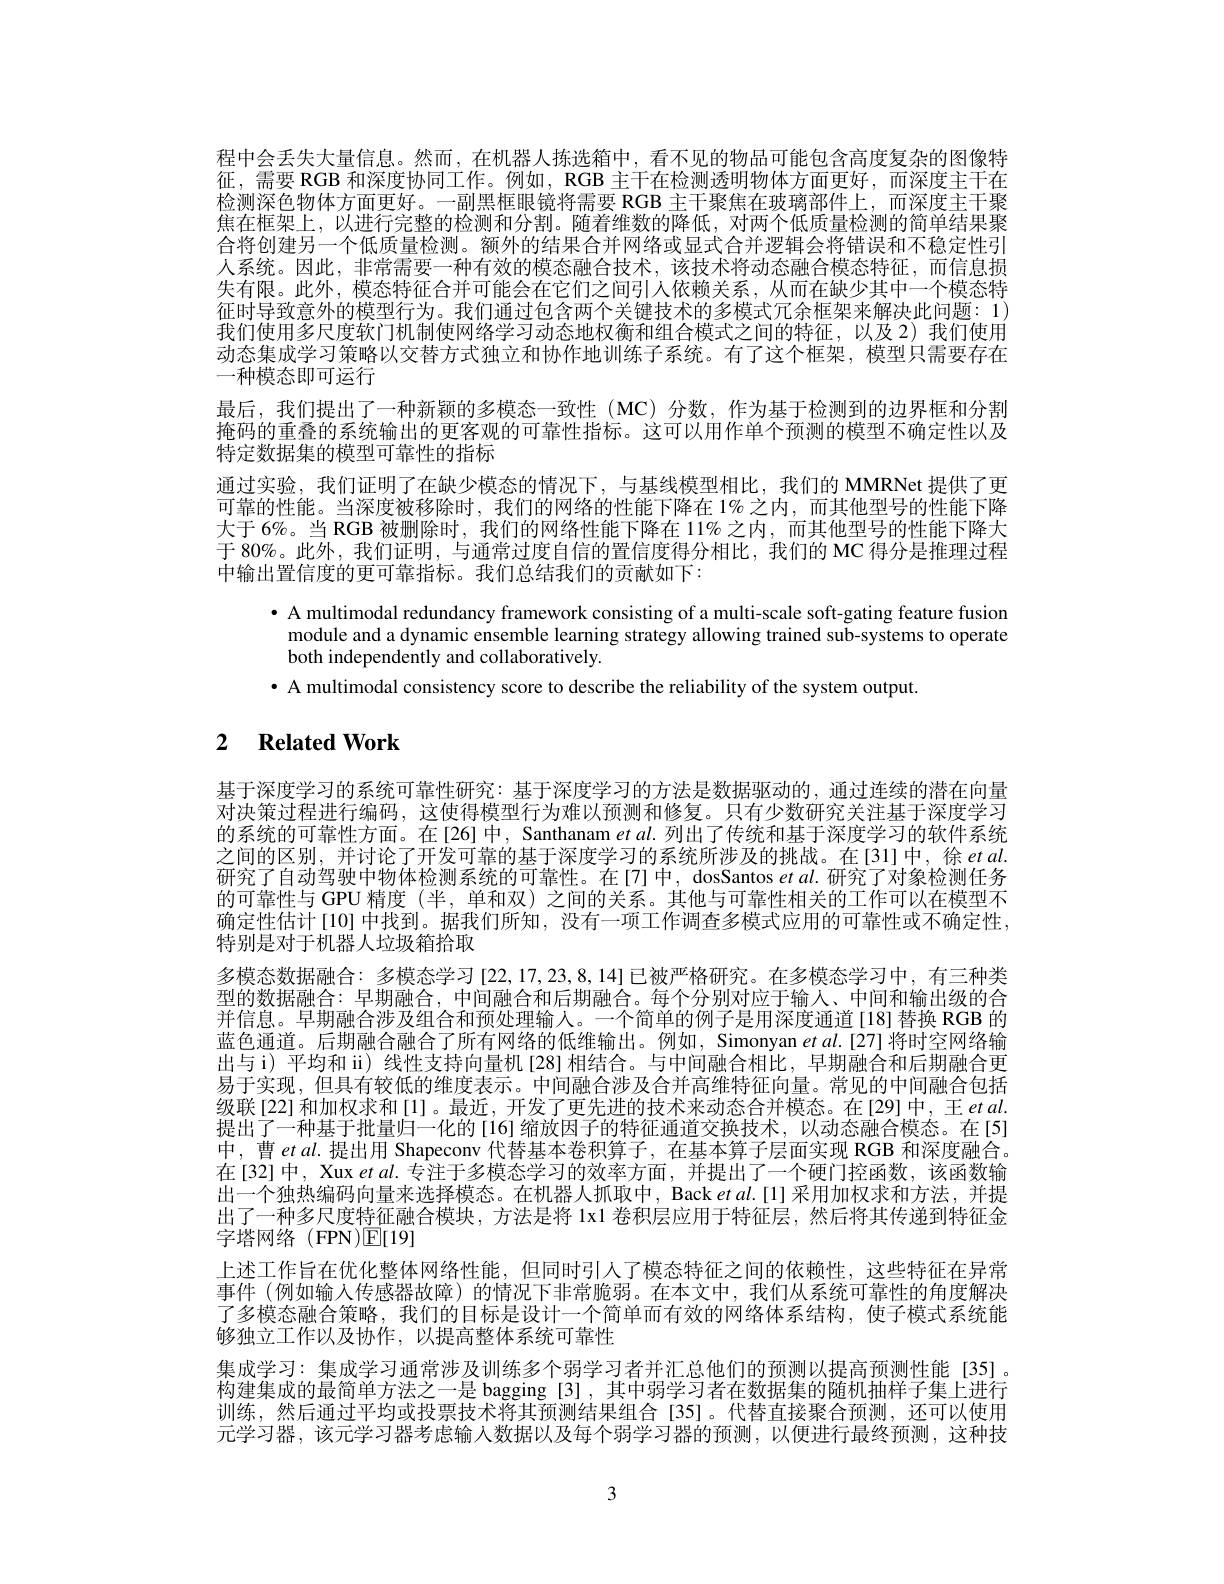
程中会丢失大量信息。然而，在机器人拣选箱中，看不见的物品可能包含高度复杂的图像特征，需要 RGB 和深度协同工作。例如，RGB 主干在检测透明物体方面更好，而深度主干在检测深色物体方面更好。一副黑框眼镜将需要 RGB 主干聚焦在玻璃部件上，而深度主干聚焦在框架上，以进行完整的检测和分割。随着维数的降低，对两个低质量检测的简单结果聚合将创建另一个低质量检测。额外的结果合并网络或显式合并逻辑会将错误和不稳定性引人系统。因此，非常需要一种有效的模态融合技术，该技术将动态融合模态特征，而信息损失有限。此外，模态特征合并可能会在它们之间引人依赖关系，从而在缺少其中一个模态特征时导致意外的模型行为。我们通过包含两个关键技术的多模式冗余框架来解决此问题：1) 我们使用多尺度软门机制使网络学习动态地权衡和组合模式之间的特征，以及2)我们使用动态集成学习策略以交替方式独立和协作地训练子系统。有了这个框架，模型只需要存在一种模态即可运行
最后，我们提出了一种新颖的多模态一致性(MC)分数，作为基于检测到的边界框和分割掩码的重叠的系统输出的更客观的可靠性指标。这可以用作单个预测的模型不确定性以及特定数据集的模型可靠性的指标
通过实验，我们证明了在缺少模态的情况下，与基线模型相比，我们的 MMRNet 提供了更可靠的性能。当深度被移除时，我们的网络的性能下降在 1%之内，而其他型号的性能下降大于 6%。当 RGB 被删除时，我们的网络性能下降在 11%之内，而其他型号的性能下降大于 80%。此外，我们证明，与通常过度自信的置信度得分相比，我们的 MC 得分是推理过程中输出置信度的更可靠指标。我们总结我们的贡献如下：
$\bullet$ A multimodal redundancy framework consisting of a multi-scale soft-gating feature fusion

module and a dynamic ensemble learning strategy allowing trained sub-systems to operate
both independently and collaboratively.
· A multimodal consistency score to describe the reliability of the system output

# 2 $\textbf{Related Work}$

基于深度学习的系统可靠性研究：基于深度学习的方法是数据驱动的，通过连续的潜在向量对决策过程进行编码，这使得模型行为难以预测和修复。只有少数研究关注基于深度学习的系统的可靠性方面。在[26]中，Santhanam et al. 列出了传统和基于深度学习的软件系统之间的区别，并讨论了开发可靠的基于深度学习的系统所涉及的挑战。在[31]中，徐 et al. 研究了自动驾驶中物体检测系统的可靠性。在[7]中，dosSantos $etal.$栅究了对象检测任务的可靠性与 GPU 精度 (半，单和双) 之间的关系。其他与可靠性相关的工作可以在模型不确定性估计[10] 中找到。据我们所知，没有一项工作调查多模式应用的可靠性或不确定性， 特别是对于机器人垃圾箱拾取
多模态数据融合：多模态学习 [22,17,23,8,14]已被严格研究。在多模态学习中，有三种类型的数据融合：早期融合，中间融合和后期融合。每个分别对应于输人、中间和输出级的合并信息。早期融合涉及组合和预处理输人。一个简单的例子是用深度通道[18]替换 RGB 的蓝色通道。后期融合融合了所有网络的低维输出。例如，Simonyan $etal.[27]$将时空网络输出与 i) 平均和 ii) 线性支持向量机[28] 相结合。与中间融合相比，早期融合和后期融合更易于实现，但具有较低的维度表示。中间融合涉及合并高维特征向量。常见的中间融合包括级联[22]和加权求和[1]。最近，开发了更先进的技术来动态合并模态。在[29]中，王 et al 提出了一种基于批量归一化的[16] 缩放因子的特征通道交换技术，以动态融合模态。在[5] 中，曹etal.提出用 Shapeconv 代替基本卷积算子，在基本算子层面实现 RGB 和深度融合。在[32]中，Xuxet al.专注于多模态学习的效率方面，并提出了一个硬门控函数，该函数输出一个独热编码向量来选择模态。在机器人抓取中，Back $etal.[1]$采用加权求和方法，并提出了一种多尺度特征融合模块，方法是将 lx1 卷积层应用于特征层，然后将其传递到特征金字塔网络(FPN)E[19]
上述工作旨在优化整体网络性能，但同时引人了模态特征之间的依赖性，这些特征在异常事件(例如输入传感器故障)的情况下非常脆弱。在本文中，我们从系统可靠性的角度解决了多模态融合策略，我们的目标是设计一个简单而有效的网络体系结构，使子模式系统能够独立工作以及协作，以提高整体系统可靠性
集成学习：集成学习通常涉及训练多个弱学习者并汇总他们的预测以提高预测性能 [35]。构建集成的最简单方法之一是 bagging [3] ,其中弱学习者在数据集的随机抽样子集上进行训练，然后通过平均或投票技术将其预测结果组合[35]。代替直接聚合预测，还可以使用元学习器，该元学习器考虑输入数据以及每个弱学习器的预测，以便进行最终预测，这种技

3